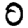
Digit: 0